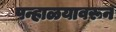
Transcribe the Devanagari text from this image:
पन्हाळयावरून